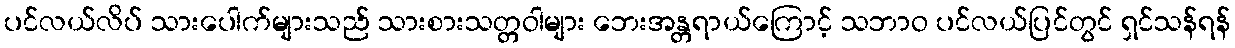
ပင်လယ်လိပ် သားပေါက်များသည် သားစားသတ္တဝါများ ဘေးအန္တရာယ်ကြောင့် သဘာဝ ပင်လယ်ပြင်တွင် ရှင်သန်ရန်